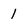
Character: 1